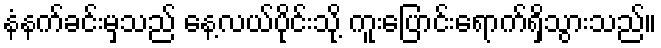
နံနက်ခင်းမှသည် နေ့လယ်ပိုင်းသို့ ကူးပြောင်းရောက်ရှိသွားသည်။